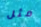
مثل